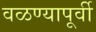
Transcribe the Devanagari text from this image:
वळण्यापूर्वी